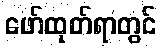
ဖော်ထုတ်ရာတွင်